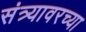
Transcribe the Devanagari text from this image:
संत्र्यावरच्या